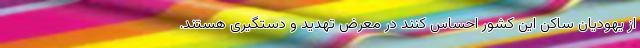
از یهودیان ساکن این کشور احساس کنند در معرض تهدید و دستگیری هستند.